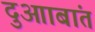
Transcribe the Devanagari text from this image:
दुआाबांत